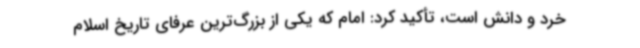
خرد و دانش است، تأکید کرد: امام که یکی از بزرگ‌ترین عرفای تاریخ اسلام